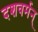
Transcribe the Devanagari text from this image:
दशवर्मन्‌